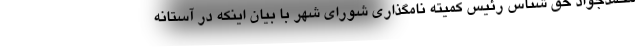
محمدجواد حق شناس رئیس کمیته نامگذاری شورای شهر با بیان اینکه در آستانه